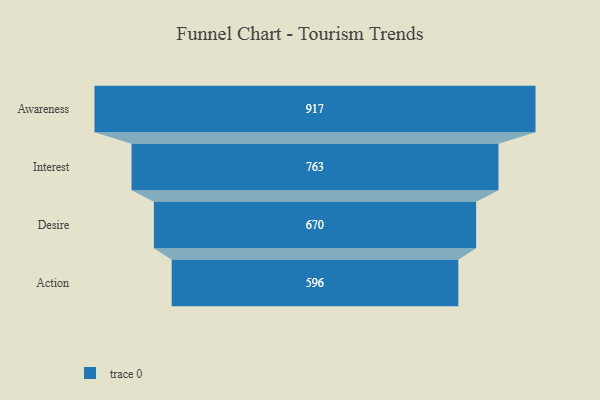
{"axis": {"x": "Stage", "y": "Value"}, "legend": [""], "data": [{"x": "Awareness", "y": 917.0, "type": ""}, {"x": "Interest", "y": 763.0, "type": ""}, {"x": "Desire", "y": 670.0, "type": ""}, {"x": "Action", "y": 596.0, "type": ""}]}